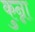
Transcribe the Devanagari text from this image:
कुन्ना